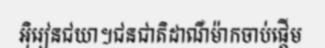
អ៊ិរៀនជយា។ជនជាតិដាណឺម៉ាកចាប់ផ្តើម